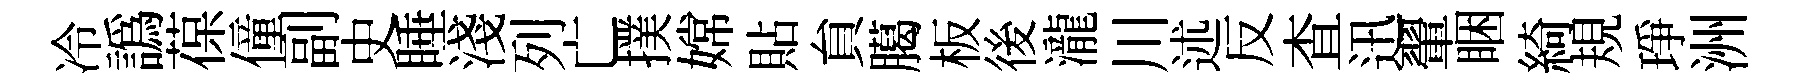
冷譌葆僮副史睡淺列亡撲嫦貼貟臈板後瀧川述反查迅翬睏綺規琤洲